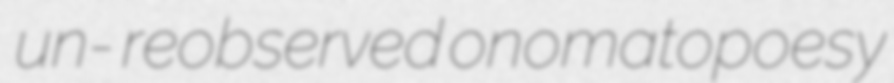
un- reobserved onomatopoesy